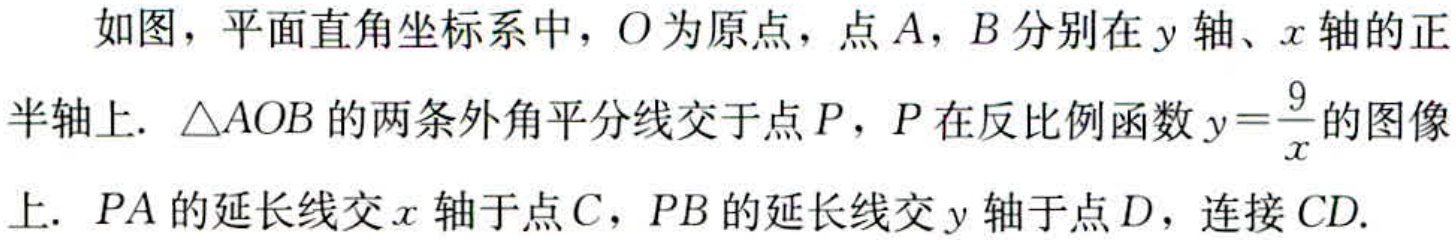
如图，平面直角坐标系中，\(O\)为原点，点\(A\)，\(B\)分别在\(y\)轴、\(x\)轴的正半轴上. \(\triangle AOB\)的两条外角平分线交于点\(P\)，\(P\)在反比例函数\(y = \dfrac{9}{x}\)的图像上. \(PA\)的延长线交\(x\)轴于点\(C\)，\(PB\)的延长线交\(y\)轴于点\(D\)，连接\(CD\).